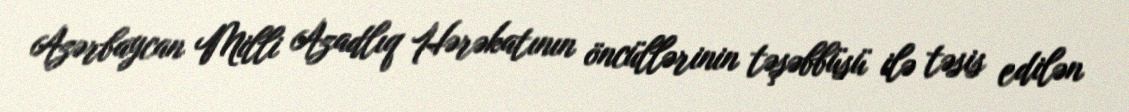
Azərbaycan Milli Azadlıq Hərəkatının öncüllərinin təşəbbüsü ilə təsis edilən